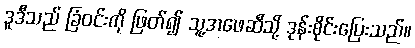
ဒူဒီသည် ခြံဝင်းကို ဖြတ်၍ သူ့အဖေဆီသို့ ဒုန်းစိုင်းပြေးသည်။